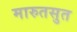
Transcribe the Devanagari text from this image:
मारुतसुत